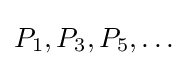
P_{1},P_{3},P_{5},\ldots